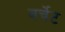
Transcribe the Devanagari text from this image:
बर्चेट